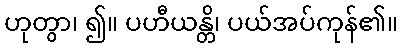
ဟုတွာ၊ ၍။ ပဟီယန္တိ၊ ပယ်အပ်ကုန်၏။